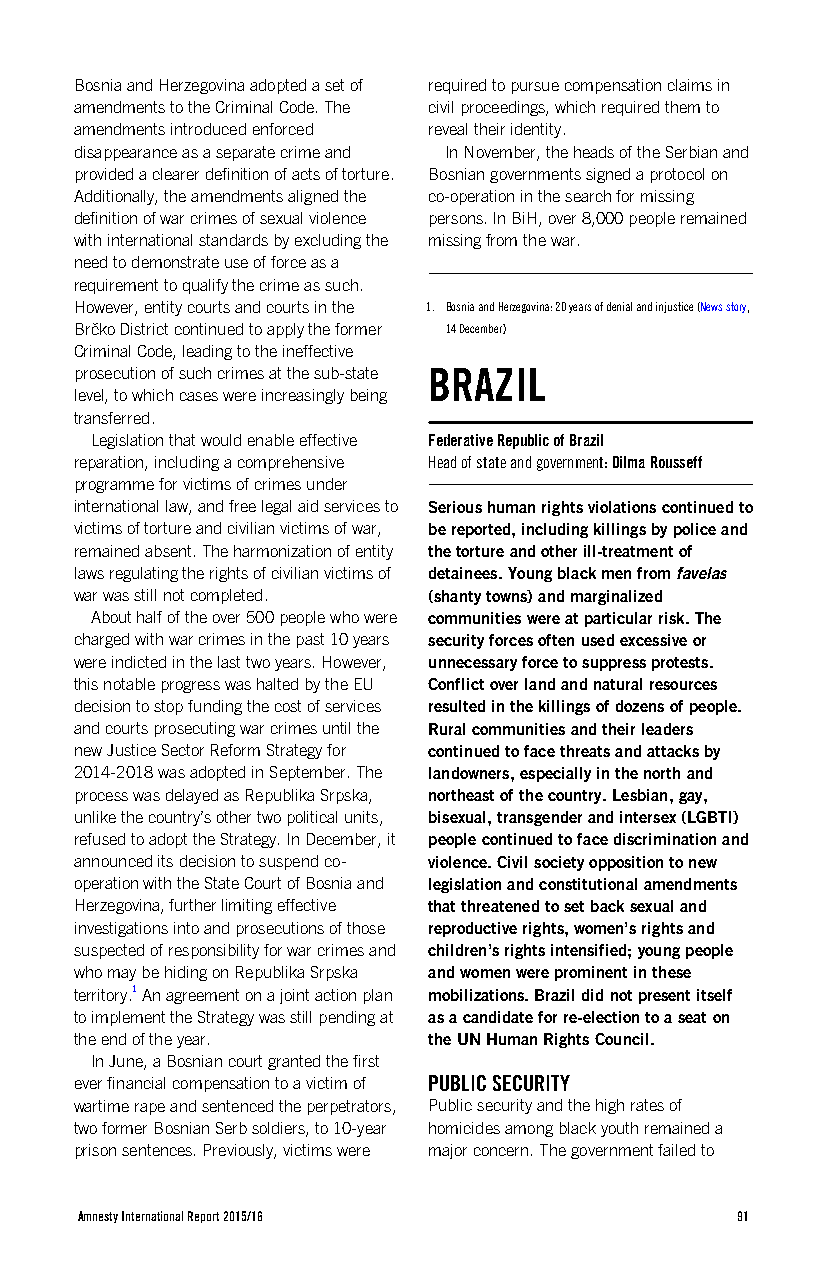
Bosnia and Herzegovina adopted a set of required to pursue compensation claims in
 amendments to the Criminal Code. The civil proceedings, which required them to
 amendments introduced enforced reveal their identity.
 disappearance as a separate crime and In November, the heads of the Serbian and
 provided a clearer definition of acts of torture. Bosnian governments signed a protocol on
 Additionally, the amendments aligned the co-operation in the search for missing
 definition of war crimes of sexual violence persons. In BiH, over 8,000 people remained
 with international standards by excluding the missing from the war.
 need to demonstrate use of force as a
 requirement to qualify the crime as such.
 However, entity courts and courts in the 1. Bosnia and Herzegovina: 20 years of denial and injustice (News story,
 Brčko District continued to apply the former 14 December)
 Criminal Code, leading to the ineffective
 prosecution of such crimes at the sub-state BRAZIL
 level, to which cases were increasingly being
 transferred.
 Legislation that would enable effective Federative Republic of Brazil
 reparation, including a comprehensive Head of state and government: Dilma Rousseff
 programme for victims of crimes under
 international law, and free legal aid services to Serious human rights violations continued to
 victims of torture and civilian victims of war, be reported, including killings by police and
 remained absent. The harmonization of entity the torture and other ill-treatment of
 laws regulating the rights of civilian victims of detainees. Young black men from favelas
 war was still not completed. (shanty towns) and marginalized
 About half of the over 500 people who were communities were at particular risk. The
 charged with war crimes in the past 10 years security forces often used excessive or
 were indicted in the last two years. However, unnecessary force to suppress protests.
 this notable progress was halted by the EU Conflict over land and natural resources
 decision to stop funding the cost of services resulted in the killings of dozens of people.
 and courts prosecuting war crimes until the Rural communities and their leaders
 new Justice Sector Reform Strategy for continued to face threats and attacks by
 2014-2018 was adopted in September. The landowners, especially in the north and
 process was delayed as Republika Srpska, northeast of the country. Lesbian, gay,
 unlike the country’s other two political units, bisexual, transgender and intersex (LGBTI)
 refused to adopt the Strategy. In December, it people continued to face discrimination and
 announced its decision to suspend co- violence. Civil society opposition to new
 operation with the State Court of Bosnia and legislation and constitutional amendments
 Herzegovina, further limiting effective that threatened to set back sexual and
 investigations into and prosecutions of those reproductive rights, women’s rights and
 suspected of responsibility for war crimes and children’s rights intensified; young people
 who may be hiding on Republika Srpska and women were prominent in these
 territory.1 An agreement on a joint action plan mobilizations. Brazil did not present itself
 to implement the Strategy was still pending at as a candidate for re-election to a seat on
 the end of the year.   the UN Human Rights Council.
 In June, a Bosnian court granted the first
 ever financial compensation to a victim of PUBLIC SECURITY
 wartime rape and sentenced the perpetrators, Public security and the high rates of
 two former Bosnian Serb soldiers, to 10-year homicides among black youth remained a
 prison sentences. Previously, victims were major concern. The government failed to
 Amnesty International Report 2015/16        91